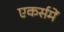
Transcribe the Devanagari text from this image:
एकर्समें